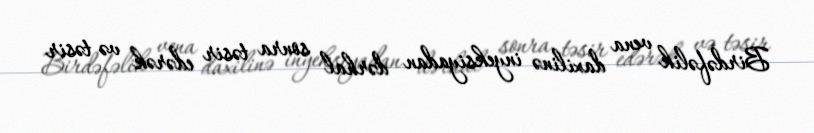
Birdəfəlik vena daxilinə inyeksiyadan dərhal sonra təsir edərək və təsir